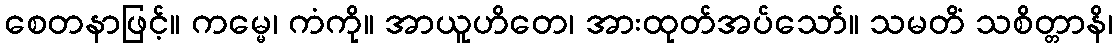
စေတနာဖြင့်။ ကမ္မေ၊ ကံကို။ အာယူဟိတေ၊ အားထုတ်အပ်သော်။ သမတိံ သစိတ္တာနိ၊